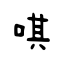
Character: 唭